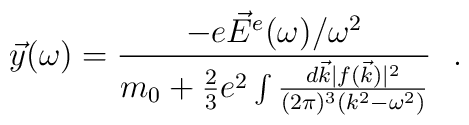
\vec{y}(\omega) = {- e \vec{E}^e(\omega) / \omega^2 \over m_0 +  {2 \over 3} e^2 \int {d \vec{k} |f (\vec{k})|^2 \over (2\pi)^3 (k^2 - \omega^2)}}{~~}.